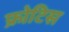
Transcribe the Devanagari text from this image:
फ्रोटिस